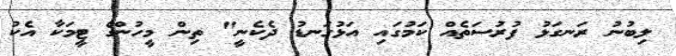
ލިބުނު ރަނގަޅު ފުރުސަތެއް ކަމުގައި އަޅުގަނޑު ދެކެނީ" ތިން މީހުންގެ ޓީމަކާ އެކު